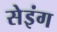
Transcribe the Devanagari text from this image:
सेइंग